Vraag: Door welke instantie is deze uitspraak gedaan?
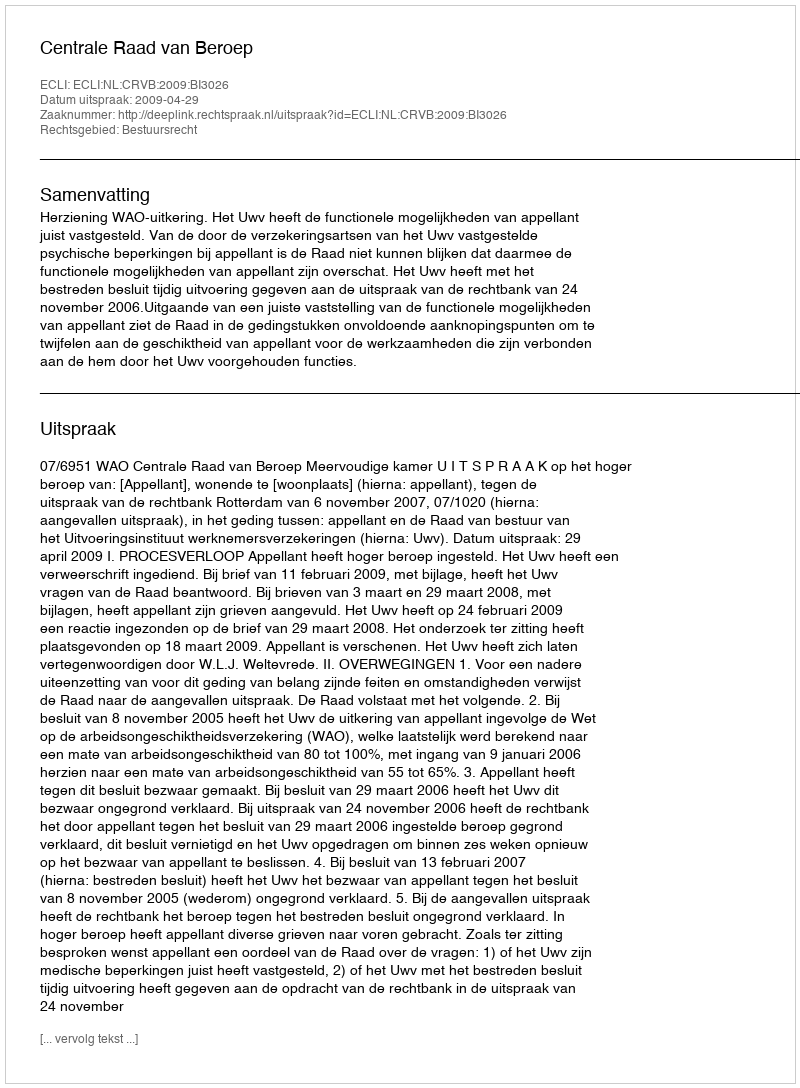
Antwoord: Centrale Raad van Beroep